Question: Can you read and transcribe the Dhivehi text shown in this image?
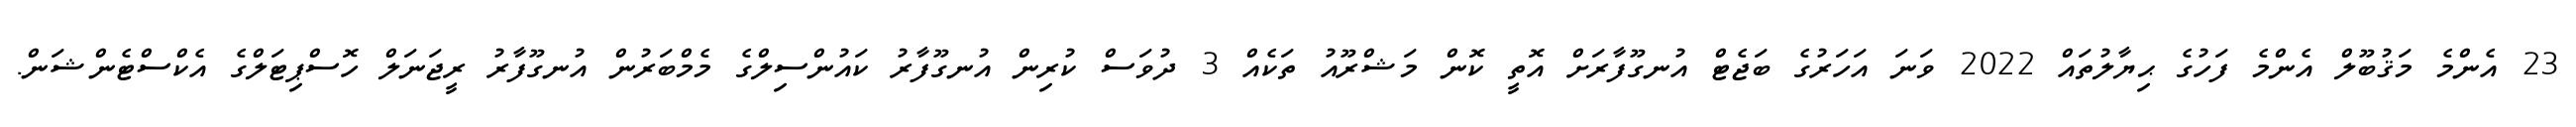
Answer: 23 އެންމެ މަޤުބޫލް އެންމެ ފަހުގެ ޙިޔާލުތައް 2022 ވަނަ އަހަރުގެ ބަޖެޓް އުނގޫފާރަށް އޮތީ ކޮން މަޝްރޫއު ތަކެއް 3 ދުވަސް ކުރިން އުނގޫފާރު ކައުންސިލްގެ މެމްބަރުން އުނގޫފާރު ރީޖަނަލް ހޮސްޕިޓަލްގެ އެކްސްޓެންޝަން.